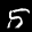
Label: 5